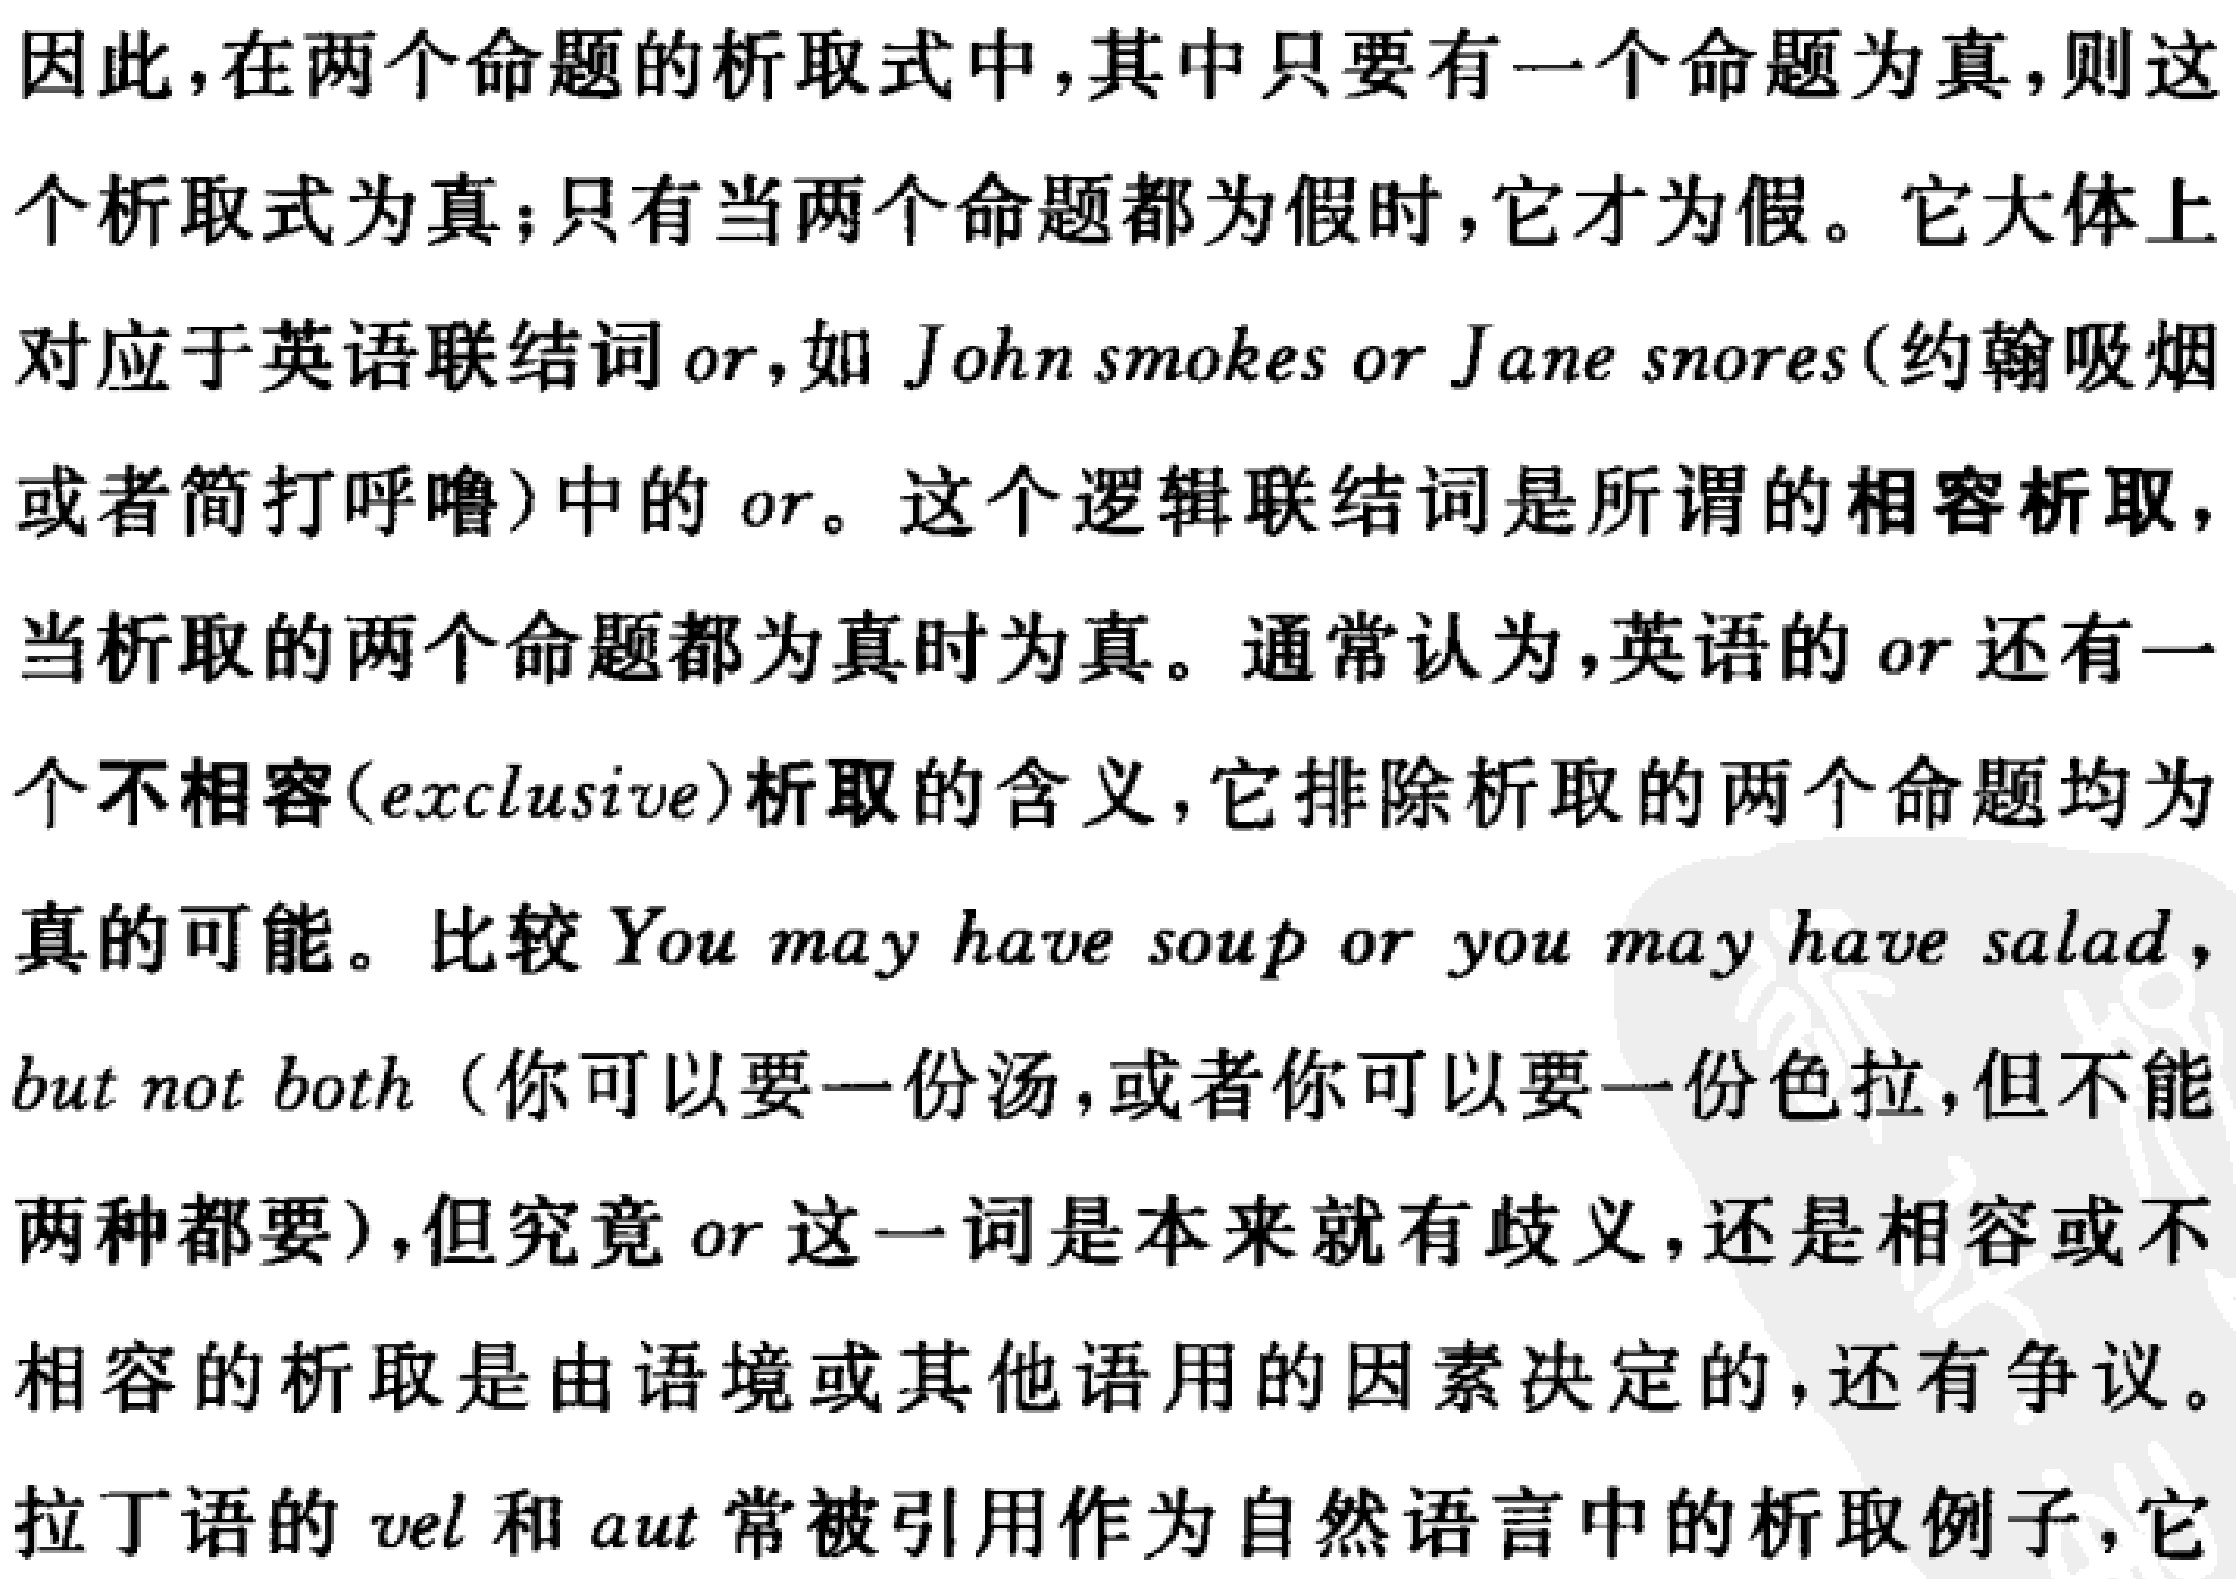
因此，在两个命题的析取式中，其中只要有一个命题为真，则这个析取式为真；只有当两个命题都为假时，它才为假。它大体上对应于英语联结词\(or\)，如\(John\ smokes\ or\ Jane\ snores\)(约翰吸烟或者简打呼噜)中的\(or\)。这个逻辑联结词是所谓的相容析取，当析取的两个命题都为真时为真。通常认为，英语的\(or\)还有一个不相容(\(exclusive\))析取的含义，它排除析取的两个命题均为真的可能。比较\(You\ may\ have\ soup\ or\ you\ may\ have\ salad\)，but not both（你可以要一份汤，或者你可以要一份色拉，但不能两种都要），但究竟\(or\)这一词是本来就有歧义，还是相容或不相容的析取是由语境或其他语用的因素决定的，还有争议。
拉丁语的\(vel\)和\(aut\)常被引用作为自然语言中的析取例子，它